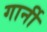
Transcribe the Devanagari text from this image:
गार्नी